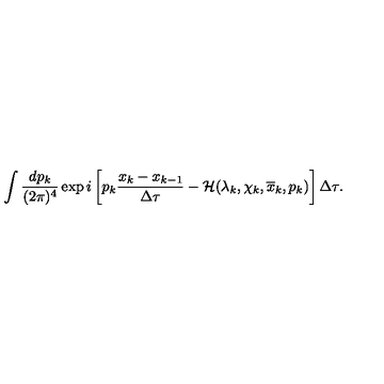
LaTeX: \int \frac { d p _ { k } } { ( 2 \pi ) ^ { 4 } } \exp i \left[ p _ { k } \frac { x _ { k } - x _ { k - 1 } } { \Delta \tau } - { \cal H } ( \lambda _ { k } , \chi _ { k } , \overline { { x } } _ { k } , p _ { k } ) \right] \Delta \tau .